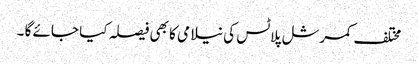
مختلف کمرشل پلاٹس کی نیلامی کا بھی فیصلہ کیا جائے گا ۔